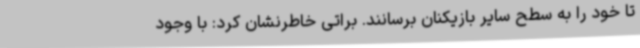
تا خود را به سطح سایر بازیکنان برسانند. براتی خاطرنشان کرد: با وجود